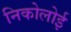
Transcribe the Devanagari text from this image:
निकोलोई